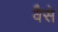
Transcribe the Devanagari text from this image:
वैेसे